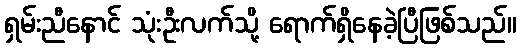
ရှမ်းညီနောင် သုံးဦးလက်သို့ ရောက်ရှိနေခဲ့ပြီဖြစ်သည်။